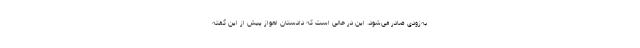
به‌زودی صادر می‌شود. این در حالی است که دادستان اهواز پیش از این گفته